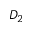
D _ { 2 }